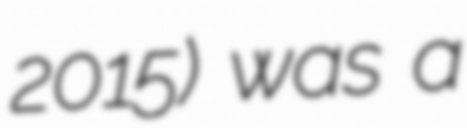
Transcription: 2015) was a